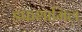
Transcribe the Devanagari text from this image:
डफशामिल